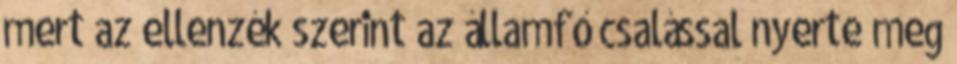
mert az ellenzék szerint az államfő csalással nyerte meg